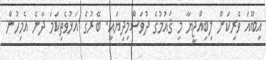
އިބޫއަ ވެރިކަން ލިބިއްޖީޔާ މި ޤައުމުގެ ދުވަސްމިދިޔައީ. ބޭރުގެ އަޅުވެތިކަމަ ދާނެ އެމިހުން